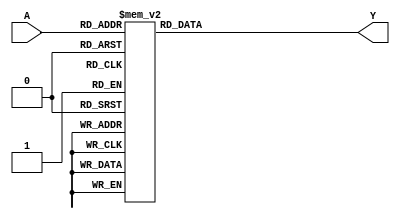
module combinational_logic (
    input  [2:0] A,   // 3-bit input
    output reg Y      // Output
);

// Define the combinational logic based on valid input combinations
always @(*) begin
    case (A)
        3'b000: Y = 1; // Valid input
        3'b001: Y = 0; // Valid input
        3'b010: Y = 1; // Valid input
        3'b011: Y = 1; // Valid input
        3'b100: Y = 0; // Valid input
        3'b101: Y = 1; // Valid input
        3'b110: Y = 1; // Valid input
        3'b111: Y = 0; // Valid input
        // Don't care conditions
        3'bXXX: Y = 1; // X can be 0 or 1, can optimize here
        default: Y = 0; // Default case
    endcase
end

endmodule